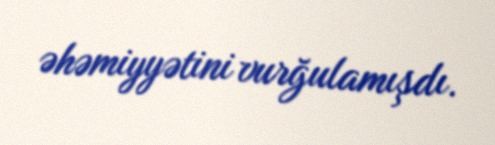
əhəmiyyətini vurğulamışdı.